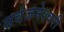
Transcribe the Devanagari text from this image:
सर्वजनेश्वरी